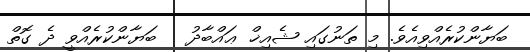
ބަޔާންކުރެއްވިއެވެ. މި ތަނުގައި ޝެއިޚް ޢައްބާދު   ބަޔާންކުރެއްވީ ދެ ގޮތް